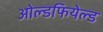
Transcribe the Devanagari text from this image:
ओल्डफियेल्ड